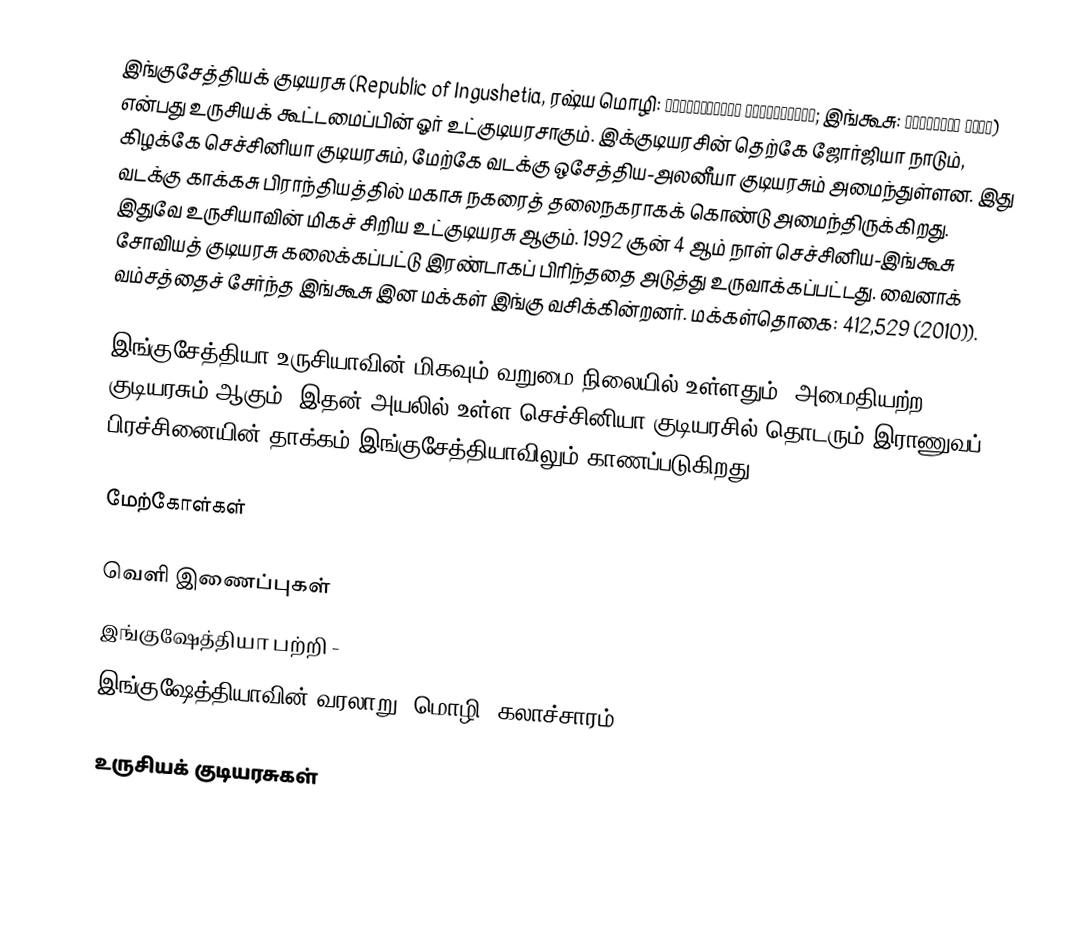
இங்குசேத்தியக் குடியரசு (Republic of Ingushetia, ரஷ்ய மொழி: Респу́блика Ингуше́тия; இங்கூசு: ГӀалгӀай Мохк) என்பது உருசியக் கூட்டமைப்பின் ஓர் உட்குடியரசாகும். இக்குடியரசின் தெற்கே ஜோர்ஜியா நாடும், கிழக்கே செச்சினியா குடியரசும், மேற்கே வடக்கு ஒசேத்திய-அலனீயா குடியரசும் அமைந்துள்ளன. இது வடக்கு காக்கசு பிராந்தியத்தில் மகாசு நகரைத் தலைநகராகக் கொண்டு அமைந்திருக்கிறது. இதுவே உருசியாவின் மிகச் சிறிய உட்குடியரசு ஆகும். 1992 சூன் 4 ஆம் நாள் செச்சினிய-இங்கூசு சோவியத் குடியரசு கலைக்கப்பட்டு இரண்டாகப் பிரிந்ததை அடுத்து உருவாக்கப்பட்டது. வைனாக் வம்சத்தைச் சேர்ந்த இங்கூசு இன மக்கள் இங்கு வசிக்கின்றனர். மக்கள்தொகை: 412,529 (2010)).

இங்குசேத்தியா உருசியாவின் மிகவும் வறுமை நிலையில் உள்ளதும், அமைதியற்ற குடியரசும் ஆகும். இதன் அயலில் உள்ள செச்சினியா குடியரசில் தொடரும் இராணுவப் பிரச்சினையின் தாக்கம் இங்குசேத்தியாவிலும் காணப்படுகிறது.

மேற்கோள்கள்

வெளி இணைப்புகள்
 இங்குஷேத்தியா பற்றி  -
 இங்குஷேத்தியாவின் வரலாறு, மொழி, கலாச்சாரம்  -

உருசியக் குடியரசுகள்